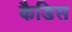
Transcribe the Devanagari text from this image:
कैडिस